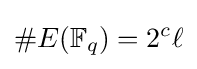
\#E(\mathbb {F} _{q})=2^{c}\ell